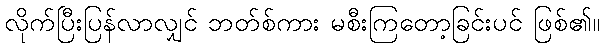
လိုက်ပြီးပြန်လာလျှင် ဘတ်စ်ကား မစီးကြတော့ခြင်းပင် ဖြစ်၏။